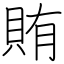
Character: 賄